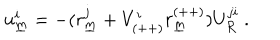
u _ { \underline { { { m } } } } ^ { i } = - ( r _ { \underline { { { m } } } } ^ { j } + V _ { ( + + ) } ^ { i } r _ { \underline { { { m } } } } ^ { ( + + ) } ) U _ { { \cal R } } ^ { j i } ~ .